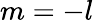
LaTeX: m=-l